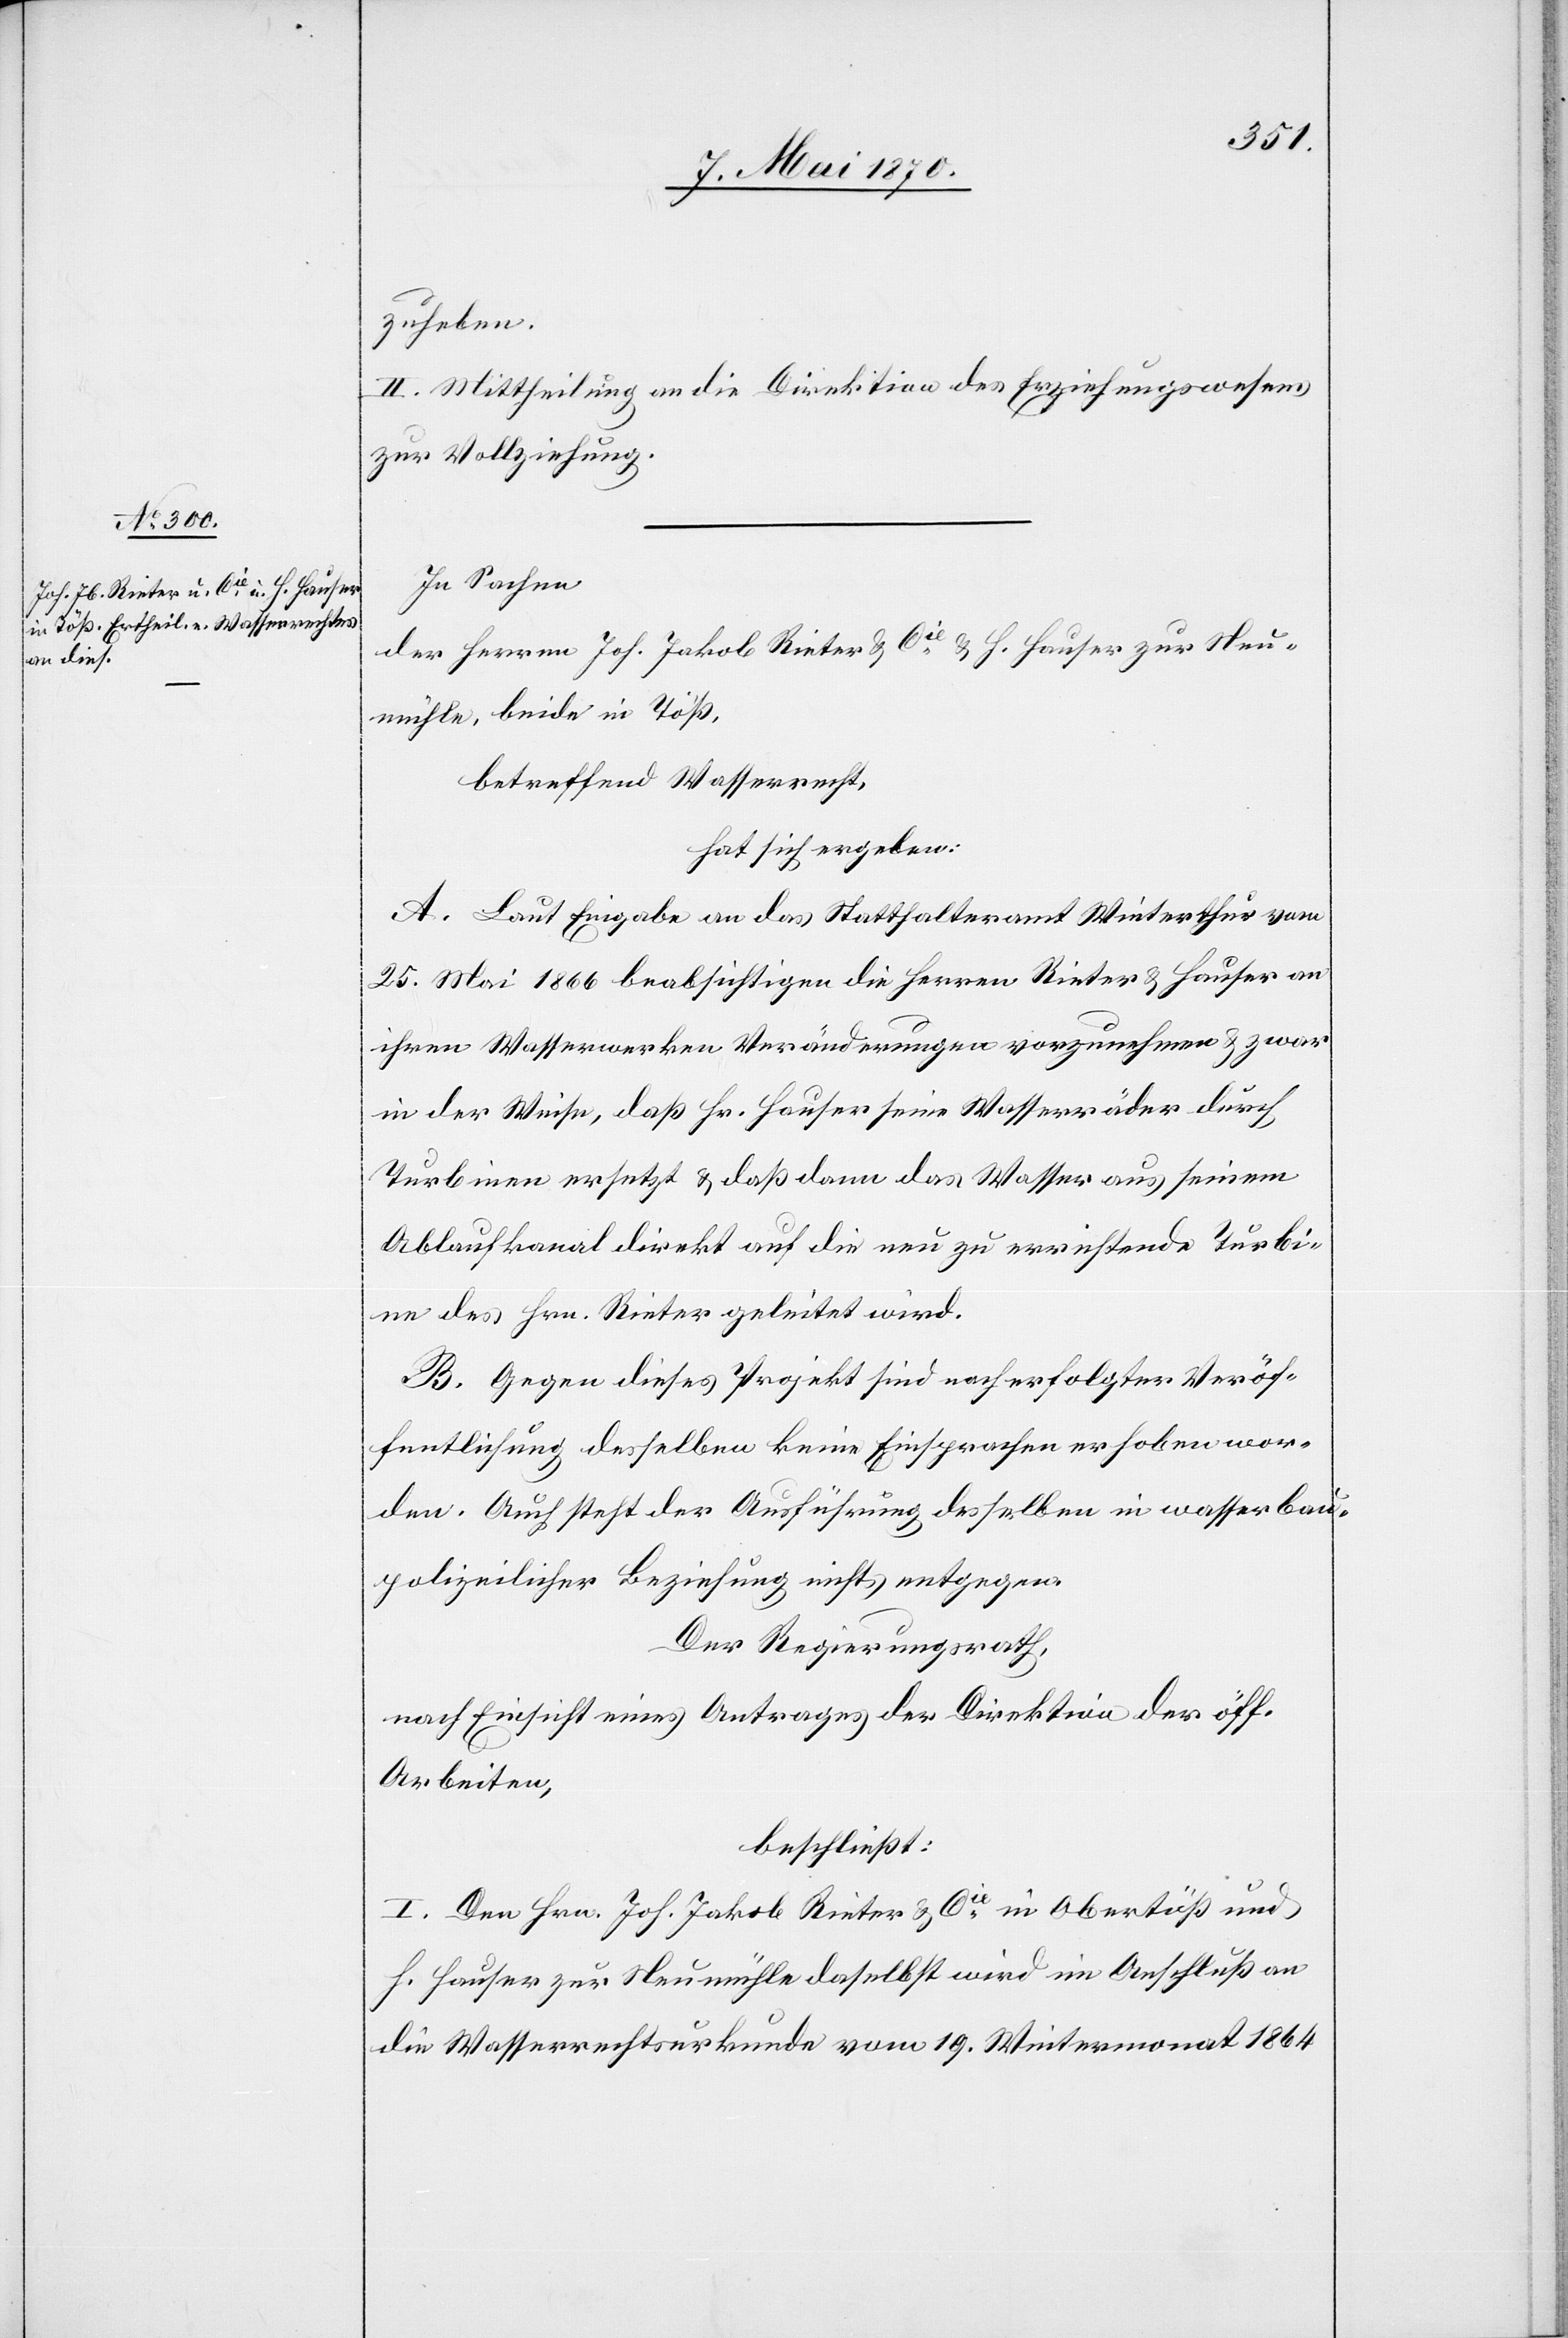
zuheben.
II. Mittheilung an die Direktion des Erziehungswesens
zur Vollziehung.
In Sachen
der Herren Joh. Jakob Rieter & Cie & H. Hauser zur Neu¬
mühle, beide in Töß,
betreffend Wasserrecht,
hat sich ergeben:
A. Laut Eingabe an das Statthalteramt Winterthur vom
25. Mai 1866 beabsichtigen die Herren Rieter & Hauser an
ihren Wasserwerken Veränderungen vorzunehmen & zwar
in der Weise, daß Hr. Hauser seine Wasserräder durch
Turbinen ersetzt & daß dann das Wasser aus seinem
Ablaufkanal direkt auf die neu zu errichtende Turbi¬
ne des Hrn. Rieter geleitet wird.
B. Gegen dieses Projekt sind nach erfolgter Veröf¬
fentlichung desselben keine Einsprachen erhoben wor¬
den. Auch steht der Ausführung desselben in wasserbau¬
polizeilicher Beziehung nichts entgegen.
Der Regierungsrath,
nach Einsicht eines Antrages der Direktion der öff.
Arbeiten,
beschließt:
I. Den Hrn. Joh. Jakob Rieter & Cie in Obertöß und
H. Hauser zur Neumühle daselbst wird im Anschluß an
die Wasserrechtsurkunde vom 19. Wintermonat 1864